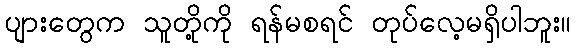
ပျားတွေက သူတို့ကို ရန်မစရင် တုပ်လေ့မရှိပါဘူး။